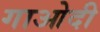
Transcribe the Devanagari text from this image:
गाओदी